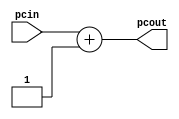
module incrementer (
   input  wire [31:0] pcin,      // Input of incrementer
   output wire [31:0] pcout      // Output of incrementer
   );
   assign pcout = pcin + 1;      // Increment PC by 1
endmodule // incr